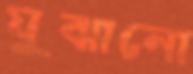
যুঝানো